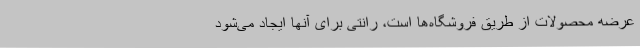
عرضه محصولات از طریق فروشگاه‌ها است، رانتی برای آنها ایجاد می‌شود